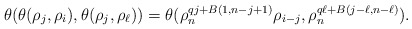
\begin{align*} \theta(\theta(\rho_{j}, \rho_{i}), \theta(\rho_{j}, \rho_{\ell}))=\theta(\rho_n^{qj+B(1,n-j+1)} \rho_{{i-j}}, \rho_n^{q\ell+B(j-\ell, n-\ell)}).\end{align*}